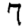
Digit: 7